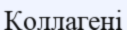
Коллагені